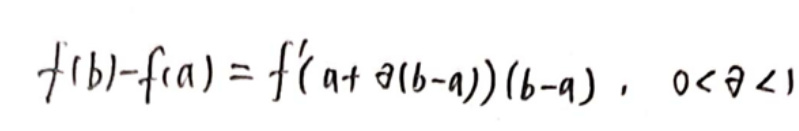
\[
f(b)-f(a)=f^{\prime}(a+\theta(b - a))(b - a),\quad 0<\theta<1
\]